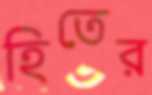
হিতের